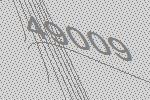
49009